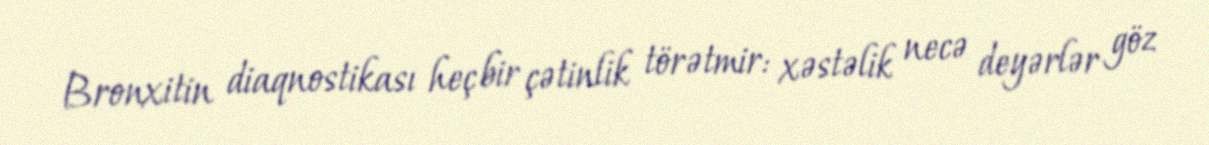
Bronxitin diaqnostikası heç bir çətinlik törətmir: xəstəlik necə deyərlər göz